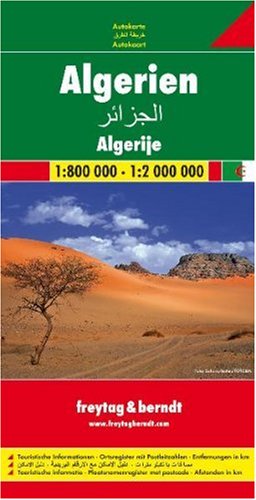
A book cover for Algeria; Freytag-Berndt und Artaria; Travel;